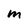
Character: m